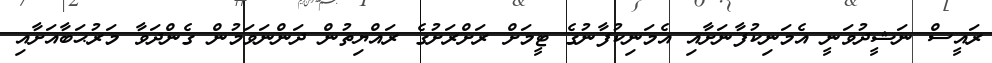
ރައީސް ނަޝީދުވަނީ އެމަނިކުފާނަށާއި އެމަނިކުފާނުގެ ޓީމަށް ރަށްރަށުގެ ރައްޔިތުން ދަންނަވަމުން ގެންދަވާ މަރުޙަބާއަށާއި